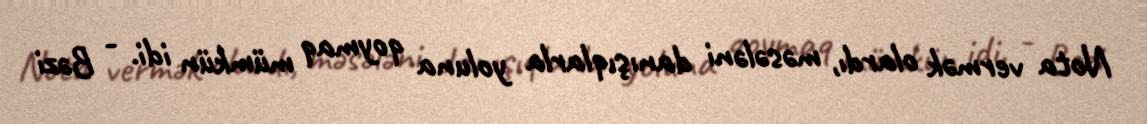
Nota vermək olardı, məsələni danışıqlarla yoluna qoymaq mümkün idi. - Bəzi